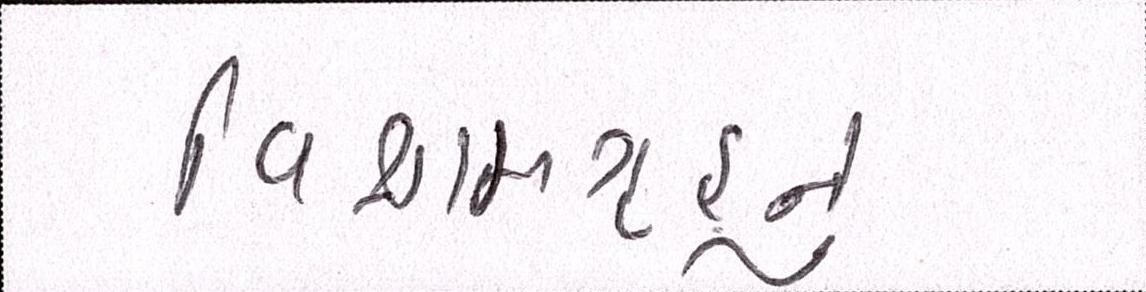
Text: વિશ્રામગૃહનું